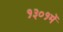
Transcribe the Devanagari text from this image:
१३०१में